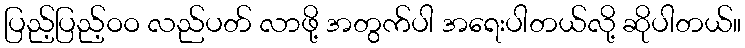
ပြည့်ပြည့်ဝဝ လည်ပတ် လာဖို့ အတွက်ပါ အရေးပါတယ်လို့ ဆိုပါတယ်။